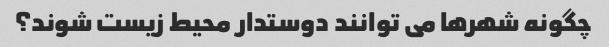
چگونه شهرها می توانند دوستدار محیط زیست شوند؟